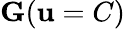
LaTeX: \mathbf{G}(\mathbf{u}=C)